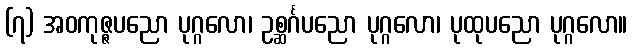
(၇) အဝကုဇ္ဇပညော ပုဂ္ဂလော၊ ဥစ္ဆင်္ဂပညော ပုဂ္ဂလော၊ ပုထုပညော ပုဂ္ဂလော။